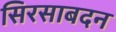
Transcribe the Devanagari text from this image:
सिरसाबदन